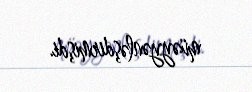
müəyyənləşdirmişdi.